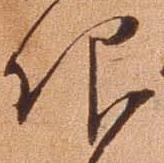
仰